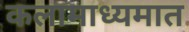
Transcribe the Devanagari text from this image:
कलामाध्यमात